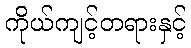
ကိုယ်ကျင့်တရားနှင့်